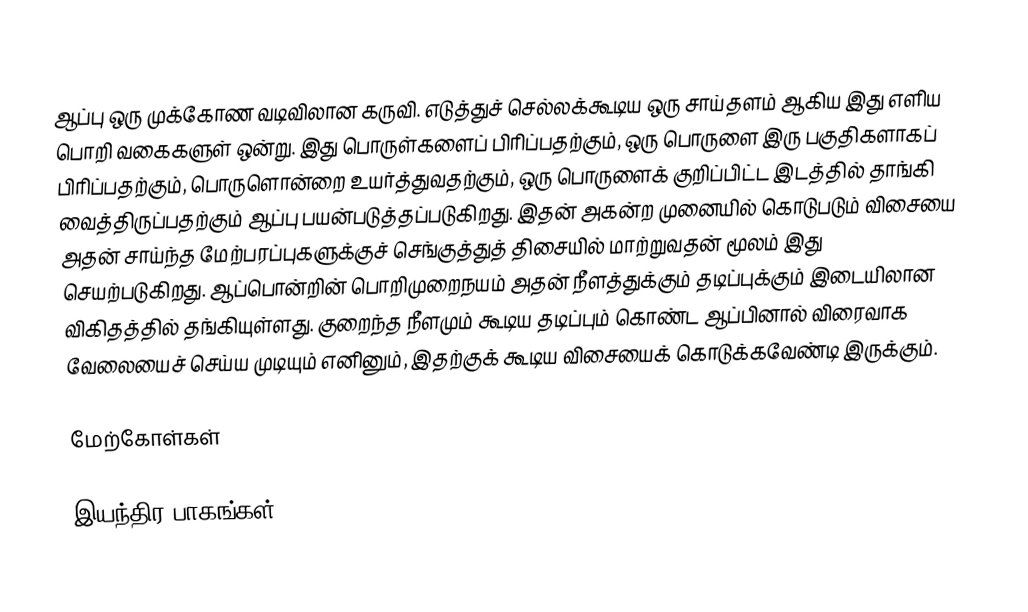
ஆப்பு ஒரு முக்கோண வடிவிலான கருவி. எடுத்துச் செல்லக்கூடிய ஒரு சாய்தளம் ஆகிய இது எளிய பொறி வகைகளுள் ஒன்று. இது பொருள்களைப் பிரிப்பதற்கும், ஒரு பொருளை இரு பகுதிகளாகப் பிரிப்பதற்கும், பொருளொன்றை உயர்த்துவதற்கும், ஒரு பொருளைக் குறிப்பிட்ட இடத்தில் தாங்கி வைத்திருப்பதற்கும் ஆப்பு பயன்படுத்தப்படுகிறது. இதன் அகன்ற முனையில் கொடுபடும் விசையை அதன் சாய்ந்த மேற்பரப்புகளுக்குச் செங்குத்துத் திசையில் மாற்றுவதன் மூலம் இது செயற்படுகிறது. ஆப்பொன்றின் பொறிமுறைநயம் அதன் நீளத்துக்கும் தடிப்புக்கும் இடையிலான விகிதத்தில் தங்கியுள்ளது. குறைந்த நீளமும் கூடிய தடிப்பும் கொண்ட ஆப்பினால் விரைவாக வேலையைச் செய்ய முடியும் எனினும், இதற்குக் கூடிய விசையைக் கொடுக்கவேண்டி இருக்கும்.

மேற்கோள்கள்

இயந்திர பாகங்கள்